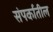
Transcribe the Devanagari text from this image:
संपर्कातील